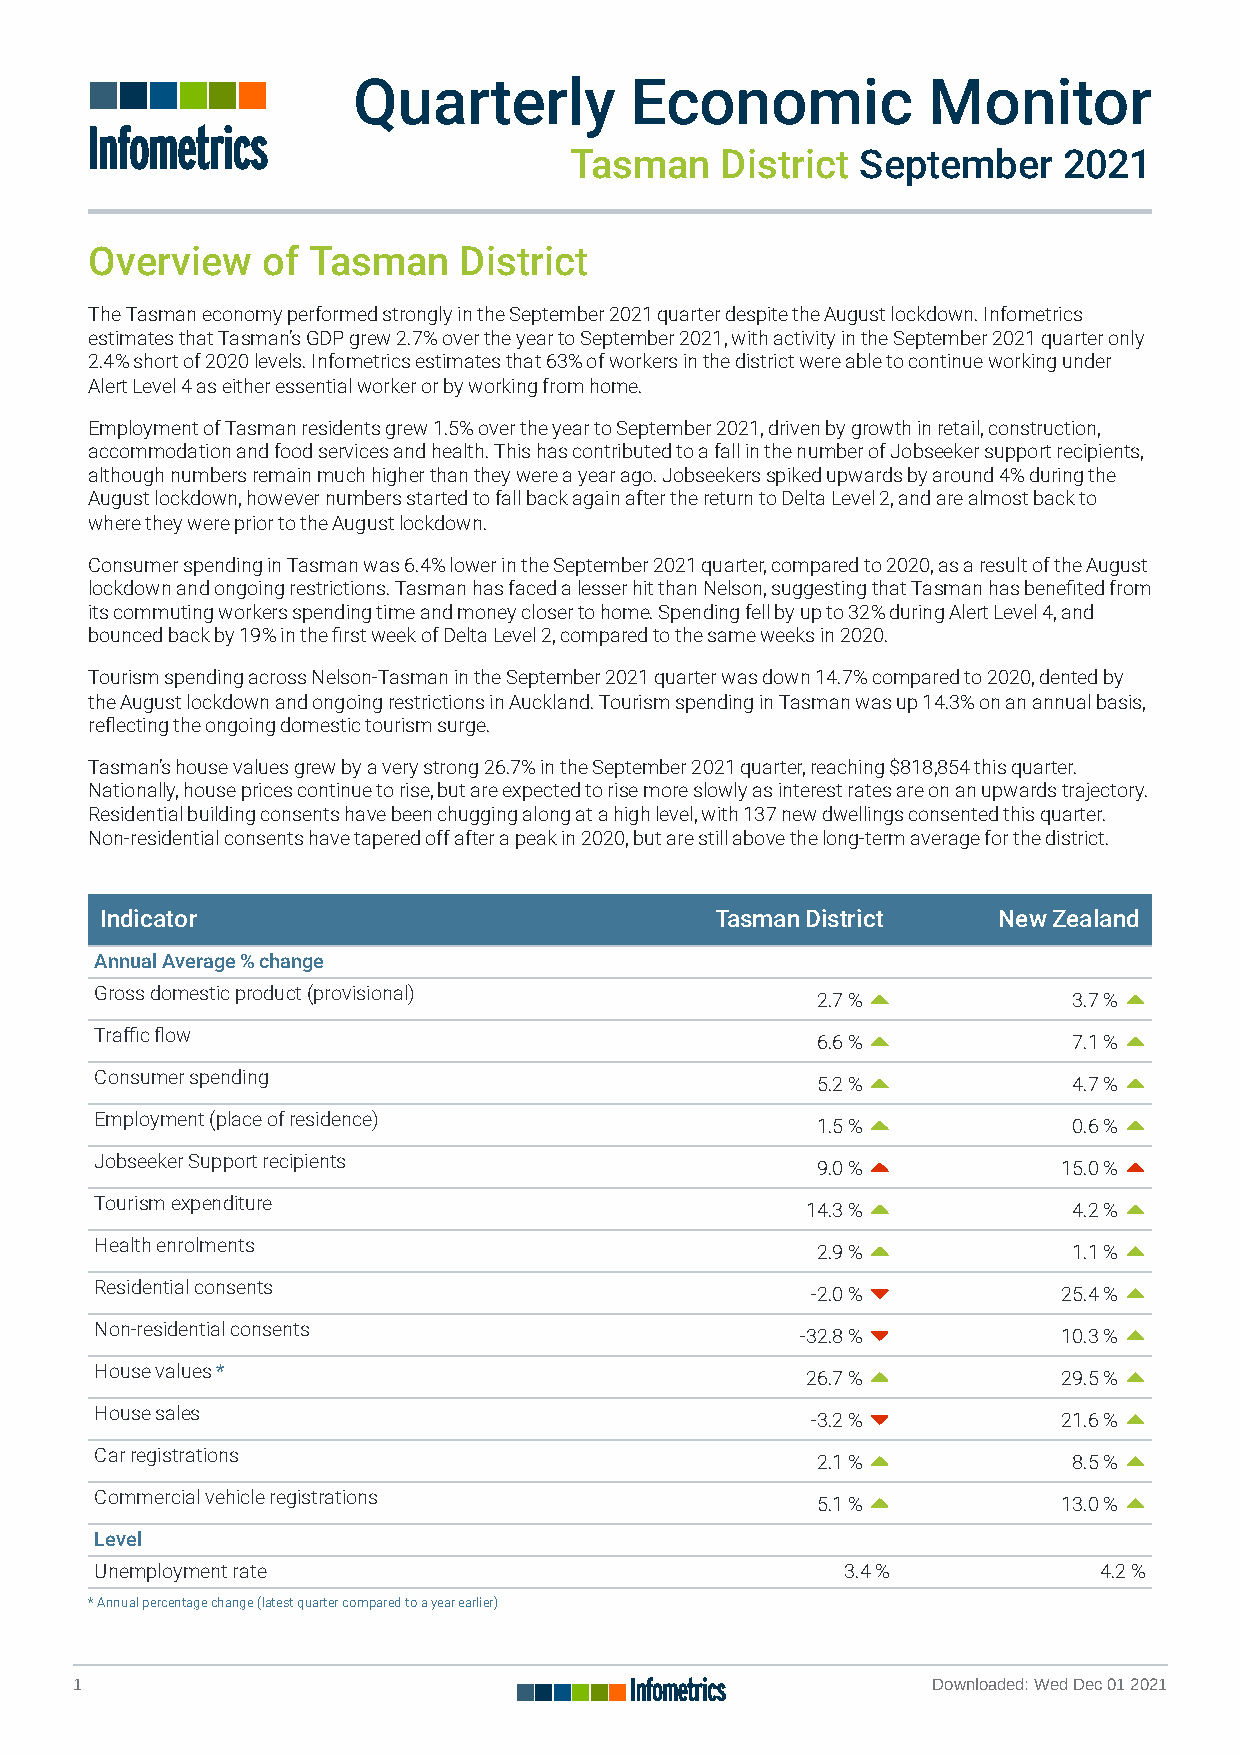
Quarterly          Economic           Monitor
 Tasman    District September    2021
 Overview   of Tasman    District
 The Tasman economy performed strongly in the September 2021 quarter despite the August lockdown. Infometrics
 estimates that Tasman’s GDP grew 2.7% over the year to September 2021, with activity in the September 2021 quarter only
 2.4% short of 2020 levels. Infometrics estimates that 63% of workers in the district were able to continue working under
 Alert Level 4 as either essential worker or by working from home.
 Employment of Tasman residents grew 1.5% over the year to September 2021, driven by growth in retail, construction,
 accommodation and food services and health. This has contributed to a fall in the number of Jobseeker support recipients,
 although numbers remain much higher than they were a year ago. Jobseekers spiked upwards by around 4% during the
 August lockdown, however numbers started to fall back again after the return to Delta Level 2, and are almost back to
 where they were prior to the August lockdown.
 Consumer spending in Tasman was 6.4% lower in the September 2021 quarter, compared to 2020, as a result of the August
 lockdown and ongoing restrictions. Tasman has faced a lesser hit than Nelson, suggesting that Tasman has beneted from
 its commuting workers spending time and money closer to home. Spending fell by up to 32% during Alert Level 4, and
 bounced back by 19% in the rst week of Delta Level 2, compared to the same weeks in 2020.
 Tourism spending across Nelson-Tasman in the September 2021 quarter was down 14.7% compared to 2020, dented by
 the August lockdown and ongoing restrictions in Auckland. Tourism spending in Tasman was up 14.3% on an annual basis,
 reecting the ongoing domestic tourism surge.
 Tasman’s house values grew by a very strong 26.7% in the September 2021 quarter, reaching $818,854 this quarter.
 Nationally, house prices continue to rise, but are expected to rise more slowly as interest rates are on an upwards trajectory.
 Residential building consents have been chugging along at a high level, with 137 new dwellings consented this quarter.
 Non-residential consents have tapered off after a peak in 2020, but are still above the long-term average for the district.
 Indicator                               Tasman District    New Zealand
 Annual Average % change
 Gross domestic product (provisional)
 2.7 %            3.7 %
 Trac ow
 6.6 %            7.1 %
 Consumer spending
 5.2 %            4.7 %
 Employment (place of residence)
 1.5 %            0.6 %
 Jobseeker Support recipients
 9.0 %           15.0 %
 Tourism expenditure
 14.3 %            4.2 %
 Health enrolments
 2.9 %            1.1 %
 Residential consents
 -2.0 %          25.4 %
 Non-residential consents
 -32.8 %          10.3 %
 House values *
 26.7 %           29.5 %
 House sales
 -3.2 %          21.6 %
 Car registrations
 2.1 %            8.5 %
 Commercial vehicle registrations
 5.1 %           13.0 %
 Level
 Unemployment rate                                 3.4 %            4.2 %
 * Annual percentage change (latest quarter compared to a year earlier)
 1                                                        Downloaded: Wed Dec 01 2021